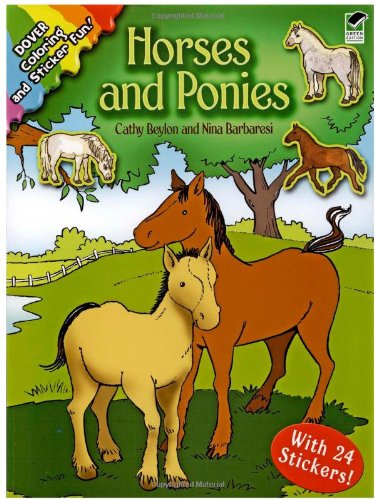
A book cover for Horses and Ponies: Coloring and Sticker Fun (Dover Coloring Books); Children's Books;